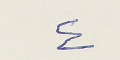
٤